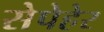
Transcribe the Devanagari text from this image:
सेपेहेर